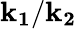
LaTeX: \boldsymbol{\mathbf{k}_{1}}/\boldsymbol{\mathbf{k}_{2}}